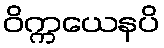
ဝိက္ကယေနပိ